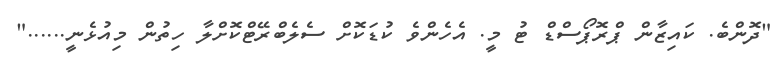
"ދޮންބެ. ކައިޒާން ޕްރޮޕޯސްޑް ޓު މީ. އެހެންވެ ކުޑަކޮށް ސެލެބްރޭޓްކޮށްލާ ހިތުން މިއުޅެނީ......"